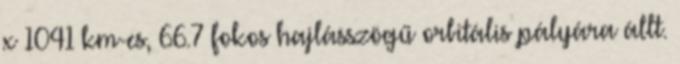
x 1041 km-es, 66.7 fokos hajlásszögű orbitális pályára állt.